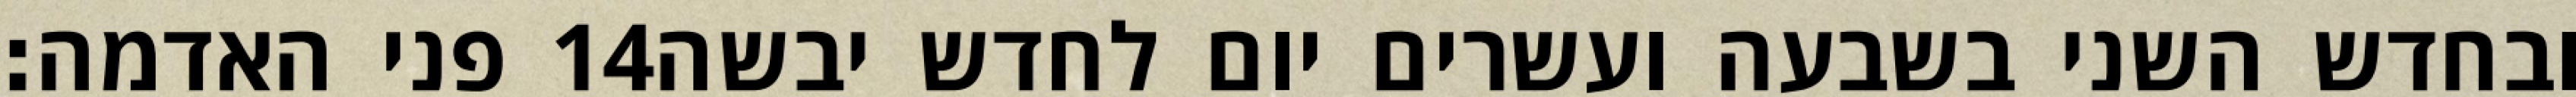
פני האדמה׃ ‎14‏ ובחדש השני בשבעה ועשרים יום לחדש יבשה